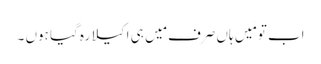
اب تو مَیں ہاں صرف مَیں ہی اکیلا رہ گیا ہوں ۔